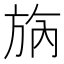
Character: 𣃰